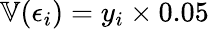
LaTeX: \mathbb{V}(\epsilon_{i})=y_{i}\times 0.05